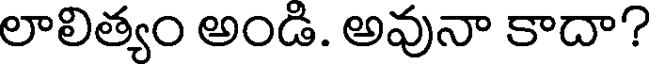
లాలిత్యం అండి. అవునా కాదా?